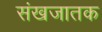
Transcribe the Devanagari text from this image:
संखजातक